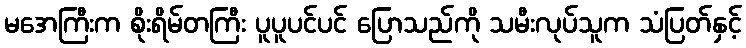
မအေကြီးက စိုးရိမ်တကြီး ပူပူပင်ပင် ပြောသည်ကို သမီးလုပ်သူက သံပြတ်နှင့်